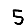
Digit: 5